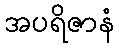
အပရိဇာနံ